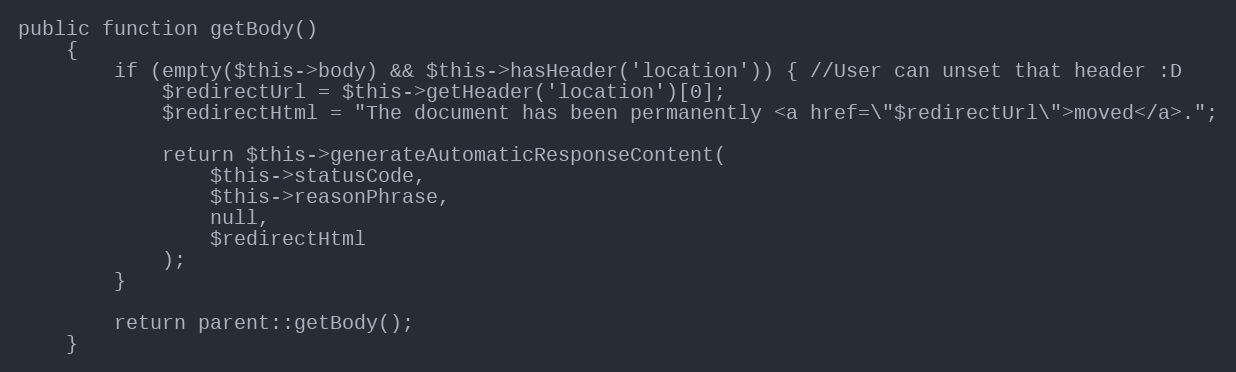
Language: PHP
public function getBody()
    {
        if (empty($this->body) && $this->hasHeader('location')) { //User can unset that header :D
            $redirectUrl = $this->getHeader('location')[0];
            $redirectHtml = "The document has been permanently <a href=\"$redirectUrl\">moved</a>.";

            return $this->generateAutomaticResponseContent(
                $this->statusCode,
                $this->reasonPhrase,
                null,
                $redirectHtml
            );
        }

        return parent::getBody();
    }